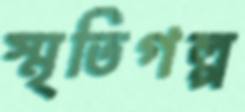
স্মৃতিগল্প